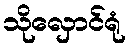
သိုလှောင်ရုံ